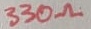
Text: 330Ω